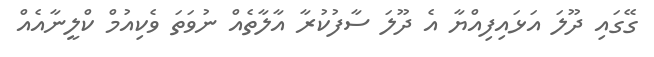
ގޭގައި ދޫލަ އަޅައިފިއްޔާ އެ ދޫލަ ސާފުކުރާ އާލާތެއް ނުވަތަ ވެކިއުމް ކްލީނާއެއް